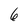
Character: 6